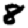
Digit: 8